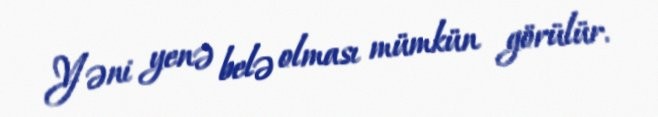
Yəni yenə belə olması mümkün görülür.